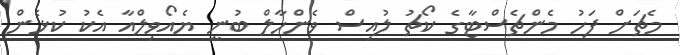
މެޗަށް ފަހު މެންޗެސްޓާގެ ކޯޗު ލުއިސް ވެންހާލް ބުނީ ޔެއޯވިލްއާ އެކު ކުޅެން